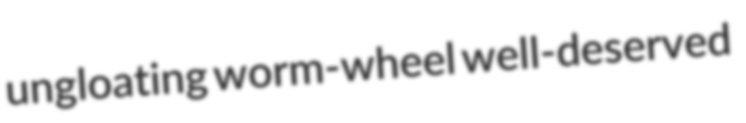
ungloating worm-wheel well-deserved